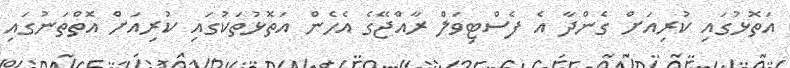
އަތޮޅުގައި ކުރިއަށް ގެންދާ އެ ފެސްޓިވަލް ރާއްޖޭގެ އެހެން އަތޮޅުތަކުގައި ކުރިއަށް އޮތްތަނުގައި